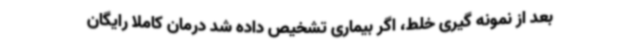
بعد از نمونه گیری خلط، اگر بیماری تشخیص داده شد درمان کاملا رایگان